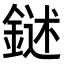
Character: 𨩔